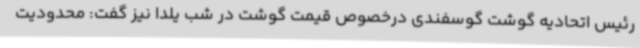
رئیس اتحادیه گوشت گوسفندی درخصوص قیمت گوشت در شب یلدا نیز گفت: محدودیت